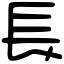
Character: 長